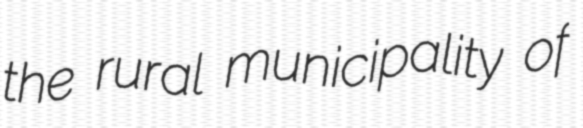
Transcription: the rural municipality of